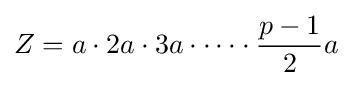
Z=a\cdot 2a\cdot 3a\cdot \cdots \cdot {\frac {p-1}{2}}a